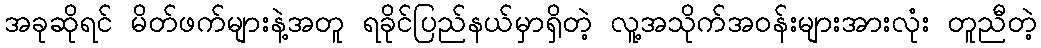
အခုဆိုရင် မိတ်ဖက်များနဲ့အတူ ရခိုင်ပြည်နယ်မှာရှိတဲ့ လူ့အသိုက်အဝန်းများအားလုံး တူညီတဲ့